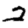
Digit: 2